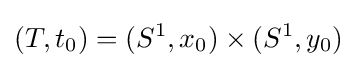
(T,t_{0})=(S^{1},x_{0})\times (S^{1},y_{0})